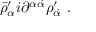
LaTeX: \bar { \rho } _ { \alpha } ^ { \prime } i \partial ^ { \alpha \dot { \alpha } } \rho _ { \dot { \alpha } } ^ { \prime } \ .